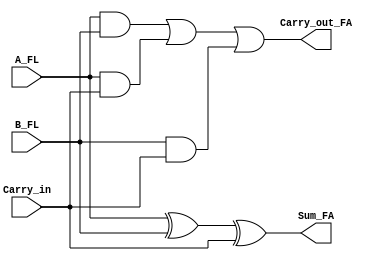
`timescale 1ns / 1ps
//////////////////////////////////////////////////////////////////////////////////
// Company: 
// Engineer: 
// 
// Design Name: 
// Module Name:    Full_Adder 
// Project Name: 
// Target Devices: 
// Tool versions: 
// Description: 
//
// Dependencies: 
//
// Revision: 
// Revision 0.01 - File Created
// Additional Comments: 
//
//////////////////////////////////////////////////////////////////////////////////
module Full_Adder(
    input A_FL,
    input B_FL,
    input Carry_in,
    output Sum_FA,
    output Carry_out_FA
    );
	 
	 assign Sum_FA= A_FL ^ B_FL ^ Carry_in;
	 assign Carry_out_FA=(A_FL & B_FL)| (A_FL &Carry_in) |( B_FL & Carry_in);


endmodule